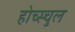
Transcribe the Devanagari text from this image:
होच्स्चुल